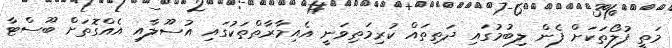
މަތީ ފުލޯތަކަށް ފެން ލިބުމުގައި ދަތިތައް ކުރިމަތިވަނީ އެއިމާރާތްތަކުގައި އުސޫލާއި އެއްގޮތަށް ބޫސްޓާ